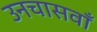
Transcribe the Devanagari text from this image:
उनचासवाँ